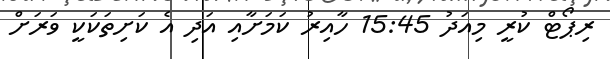
ރިޕޯޓް ކުރީ މިއަދު 15:45 ހާއިރު ކަމަށާއި އަދި އެ ކަށިތަކަކީ ވަރަށް